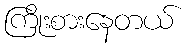
ကြိုးစားနေတယ်